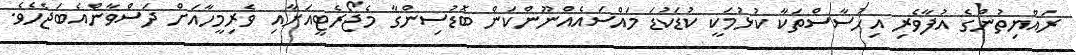
ރައްޔިތުންގެ އުފާވެރި އިހުސާސްތަކާ ކުޅުމަކީ ކުޑަކުޑަ މައްސައެއްނޫންކަން ބޮޑުސިންގާ މެޖޯރެޓީއަށާއި ވެރިމީހާއަށް ދަސްވާންއެބަޖެހެވެ.